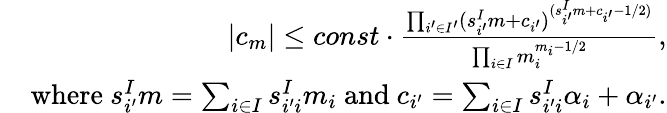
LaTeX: \begin{array}{r}{|c_{m}|\le const\cdot\frac{\prod_{i^{\prime}\in I^{\prime}}(s_{i^{\prime}}^{I}m+c_{i^{\prime}})^{(s_{i^{\prime}}^{I}m+c_{i^{\prime}}-1/2)}}{\prod_{i\in I}m_{i}^{m_{i}-1/2}},}\\ {\; \; \; \mathrm{~where~}s_{i^{\prime}}^{I}m=\sum_{i\in I}s_{i^{\prime}i}^{I}m_{i}\mathrm{~and~}c_{i^{\prime}}=\sum_{i\in I}s_{i^{\prime}i}^{I}\alpha_{i}+\alpha_{i^{\prime}}.}\end{array}